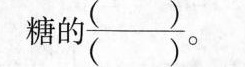
糖的\frac{（）}{（）}。